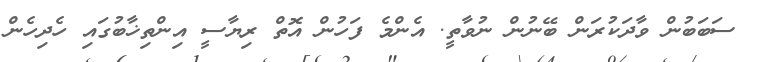
ސަބަބުން ވާދަކުރަން ބޭނުން ނުވާތީ. އެންމެ ފަހުން އޮތް ރިޔާސީ އިންތިޚާބުގައި ހެދިހެން